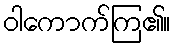
ဝါကောက်ကြ၏။